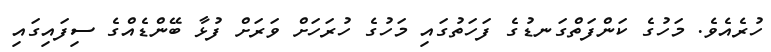
ހުރެއެވެ. މަހުގެ ކަންފަތްގަނޑުގެ ފަހަތުގައި މަހުގެ ހުރަހަށް ވަރަށް ފުޅާ ބޭންޑެއްގެ ސިފައިގައި